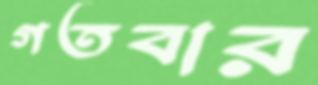
গতবার